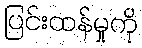
ပြင်းထန်မှုကို